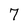
Character: 7